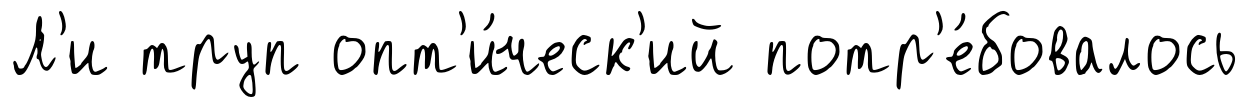
Л'и труп опт'и́ческ'ий потр'е́бовалось